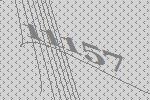
11157